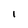
Character: I